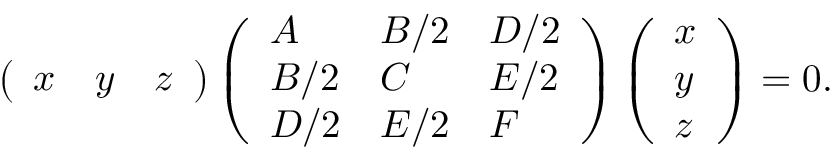
\left( { \begin{array} { l l l } { x } & { y } & { z } \end{array} } \right) \left( { \begin{array} { l l l } { A } & { B / 2 } & { D / 2 } \\ { B / 2 } & { C } & { E / 2 } \\ { D / 2 } & { E / 2 } & { F } \end{array} } \right) \left( { \begin{array} { l } { x } \\ { y } \\ { z } \end{array} } \right) = 0 .